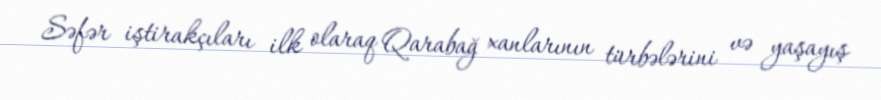
Səfər iştirakçıları ilk olaraq Qarabağ xanlarının türbələrini və yaşayış